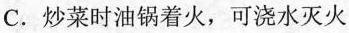
C.炒菜时油锅着火，可浇水灭火